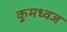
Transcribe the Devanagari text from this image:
कुमध्वज